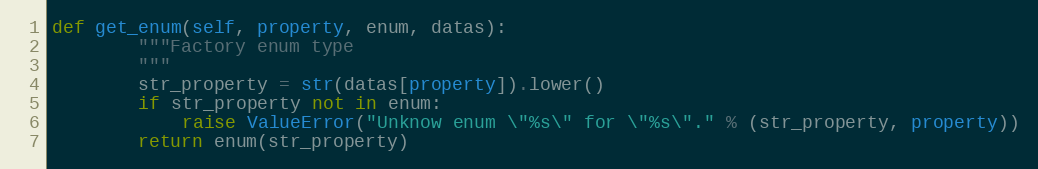
Language: Python
def get_enum(self, property, enum, datas):
        """Factory enum type
        """
        str_property = str(datas[property]).lower()
        if str_property not in enum:
            raise ValueError("Unknow enum \"%s\" for \"%s\"." % (str_property, property))
        return enum(str_property)